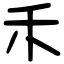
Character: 禾